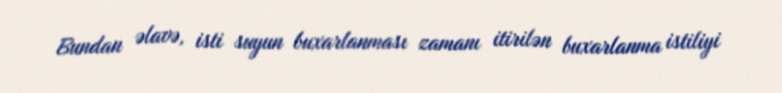
Bundan əlavə, isti suyun buxarlanması zamanı itirilən buxarlanma istiliyi